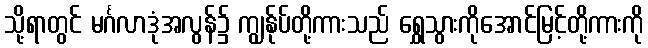
သို့ရာတွင် မင်္ဂလာဒုံအလွန်၌ ကျွန်ုပ်တို့ကားသည် ရွှေသွားကိုအောင်မြင့်တို့ကားကို